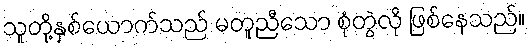
သူတို့နှစ်ယောက်သည် မတူညီသော စုံတွဲလို ဖြစ်နေသည်။